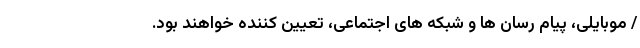
/ موبایلی، پیام رسان ها و شبکه های اجتماعی، تعیین کننده خواهند بود.